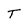
Character: T